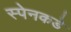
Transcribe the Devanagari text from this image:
स्पेनकडे